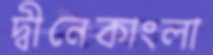
দ্বীনেকাংলা